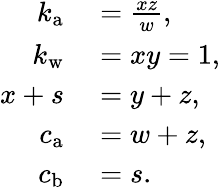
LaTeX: \begin{array}{rl}{k_{\mathrm{a}}}&{{}=\frac{xz}{w},}\\ {k_{\mathrm{w}}}&{{}=xy=1,}\\ {x+s}&{{}=y+z,}\\ {c_{\mathrm{a}}}&{{}=w+z,}\\ {c_{\mathrm{b}}}&{{}=s.}\end{array}